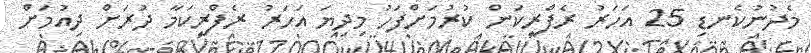
މެދުނުކެނޑި 25 އަހަރު ރެފްރީކަން ކުރުމަށްފަހު މިދިޔަ އަހަރު ރެފްރީކަމާ ދުރަށް ދިއުމަށް